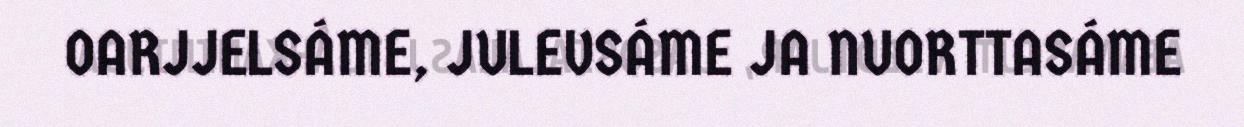
OARJJELSÁME, JULEVSÁME JA NUORTTASÁME